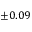
\pm 0 . 0 9